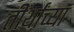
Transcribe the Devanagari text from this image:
तीर्थांच्या